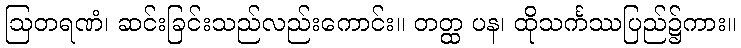
ဩတရဏံ၊ ဆင်းခြင်းသည်လည်းကောင်း။ တတ္ထ ပန၊ ထိုသင်္ကဿပြည်၌ကား။